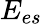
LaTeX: E_{es}